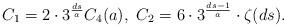
LaTeX: \begin{align*}C_1= 2\cdot 3^{\frac {ds} a} C_4(a), \ C_2= 6 \cdot 3^{ds-1 \over a} \cdot \zeta(ds).\end{align*}